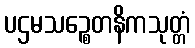
ပဌမသဉ္စေတနိကသုတ္တံ